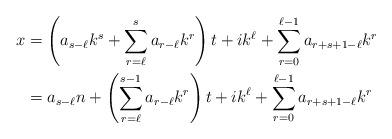
LaTeX: \begin{align*}x&=\left(a_{s-\ell}k^s+\sum_{r=\ell}^sa_{r-\ell}k^r\right)t+ik^\ell+\sum_{r=0}^{\ell-1}a_{r+s+1-\ell}k^r\\&=a_{s-\ell}n+\left(\sum_{r=\ell}^{s-1}a_{r-\ell}k^r\right)t+ik^\ell+\sum_{r=0}^{\ell-1}a_{r+s+1-\ell}k^r\end{align*}